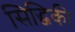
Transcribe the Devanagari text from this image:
सिद्धिकी